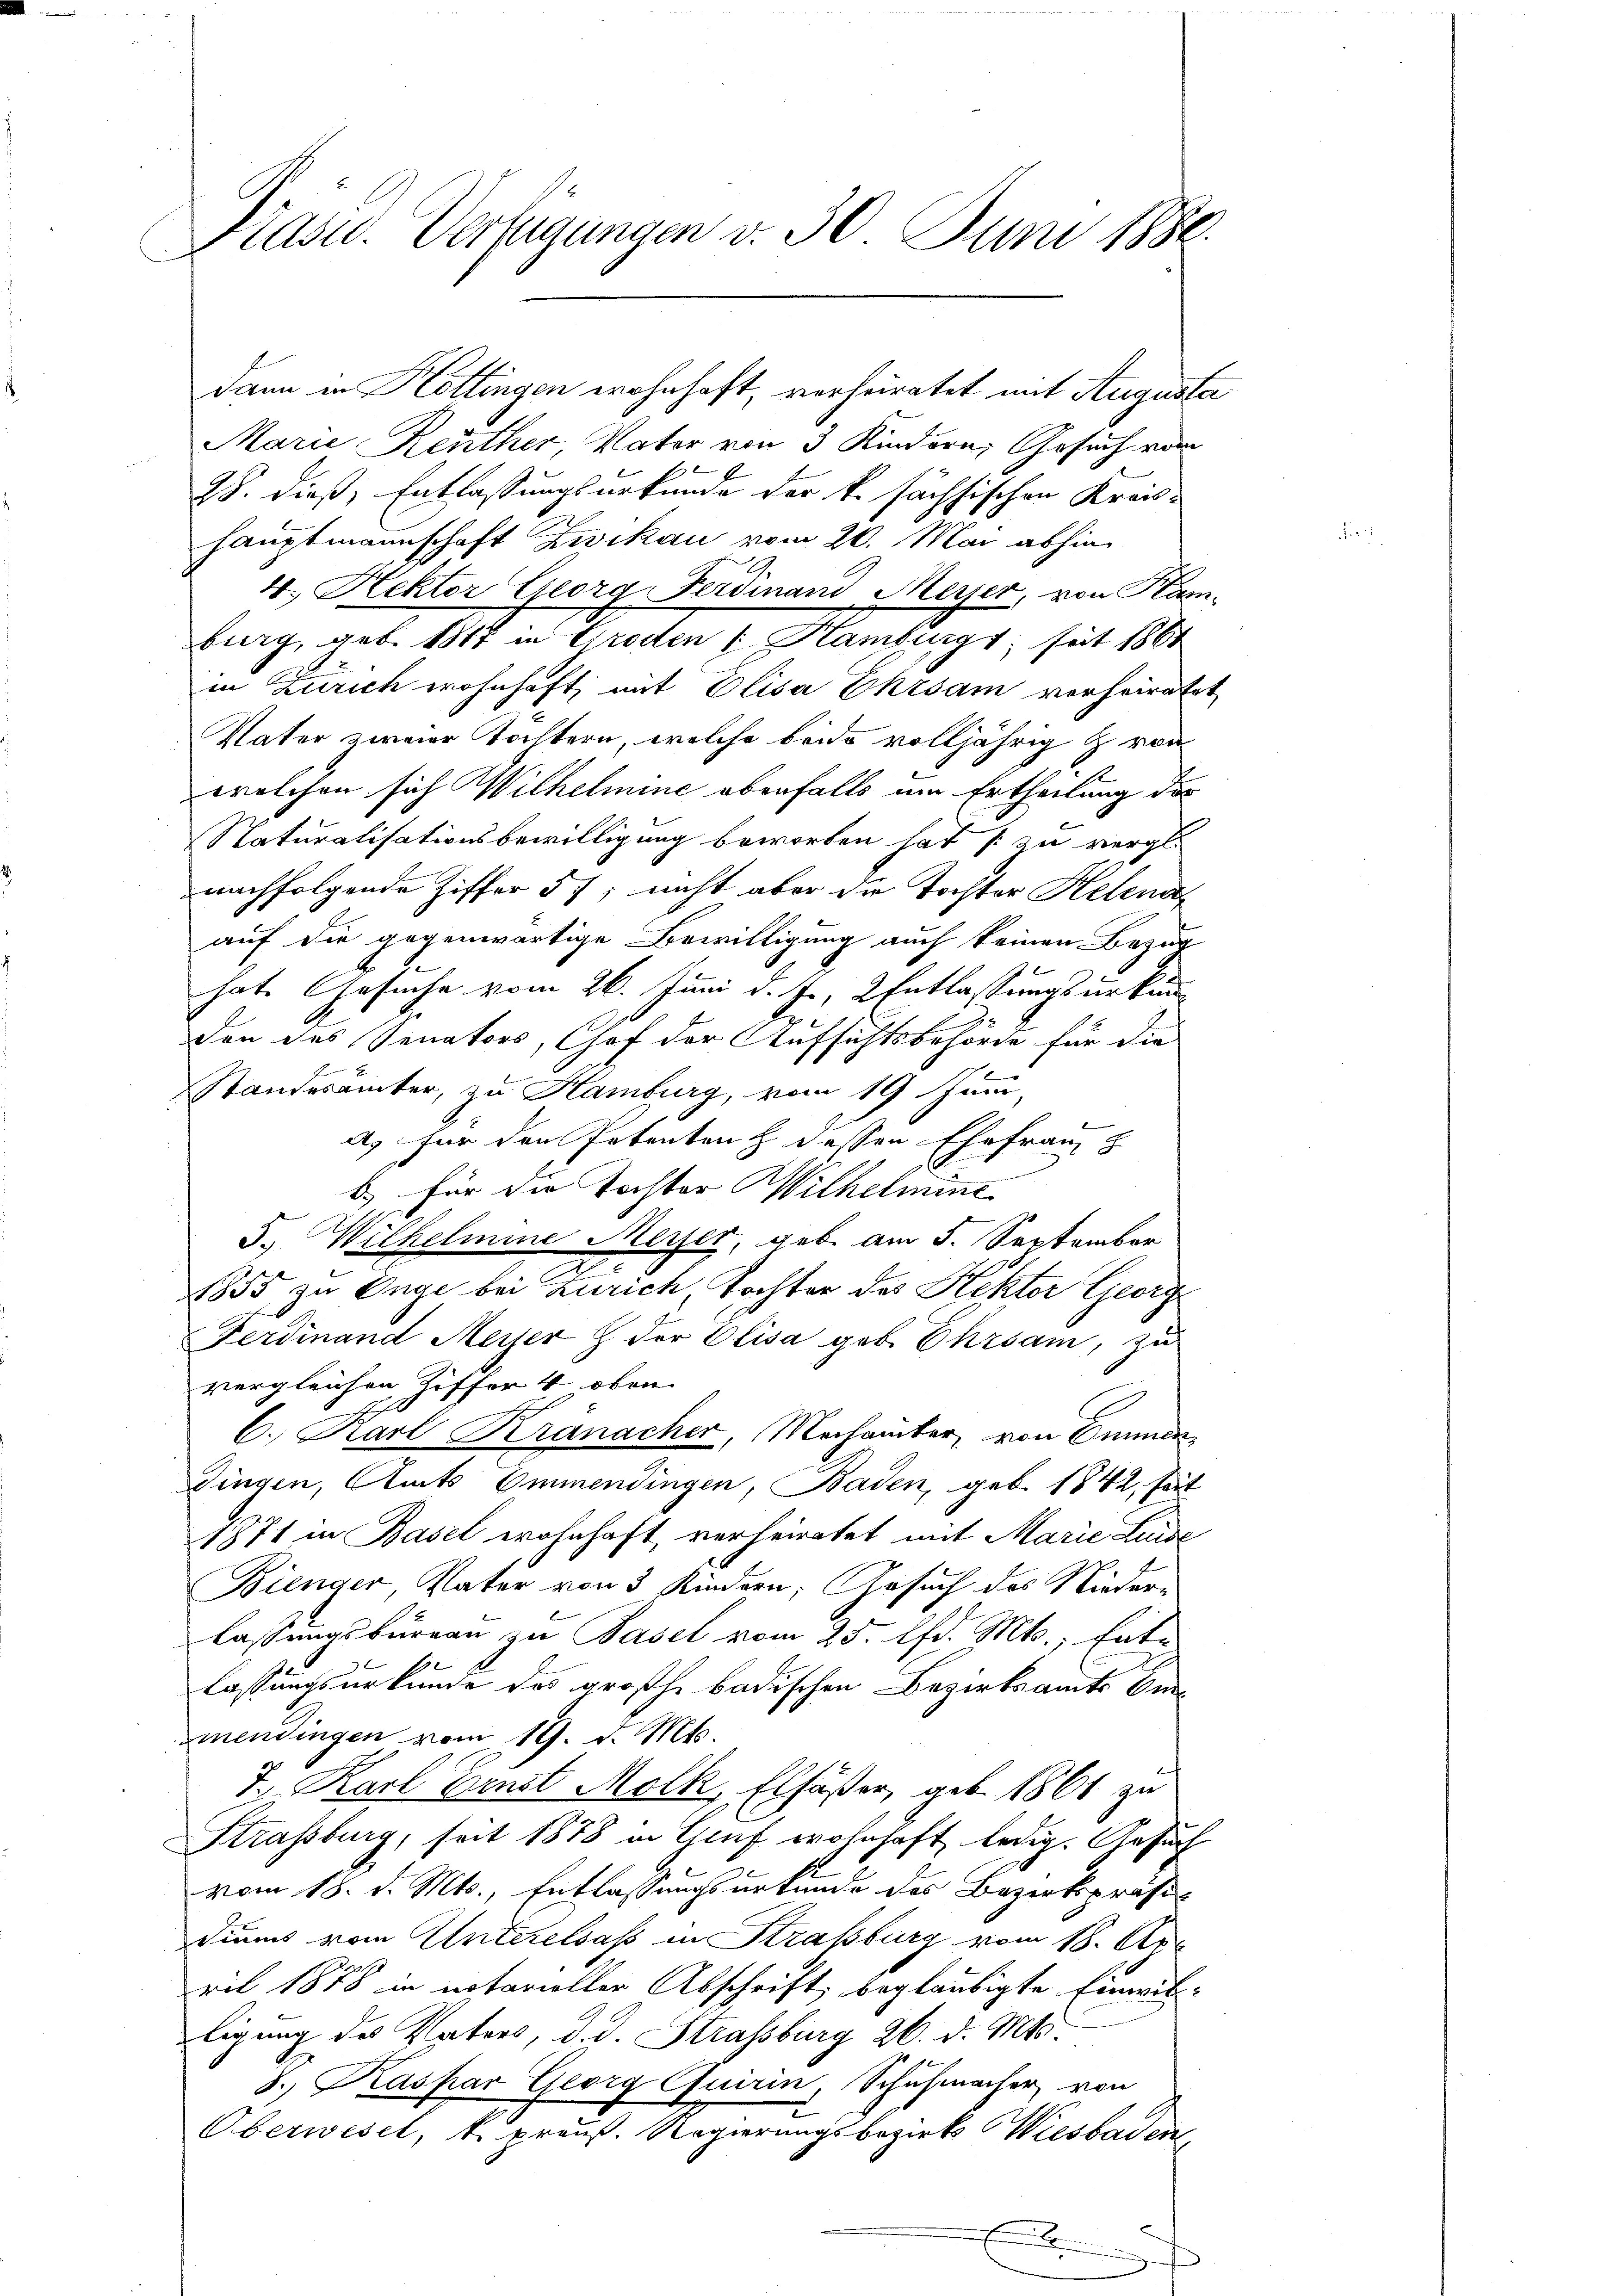
Präsid. Verfügungen v. 30. Juni 1880.

Marie Reuther, Vater von 3 Kindern, Gesuch von
28. dieß, Entlassungsurkunde der k. sächsischen Kreis-
hauptmannschaft Zwikau vom 20. Mai abhin
2.
4.) Hektor Georg Fersmand Messer von Kam-
lange geb. 11 in Graden, Hanklagt, sich 100
in Zürich wohnhaft, mit Elisa Ehrsam verheiratet
Vater zweier Töchtern, welche beide volljährig & von
welchen sich Wilhelmine ebenfalls um Ertheilung des
Naturalisationsbewilligung beworben hat [ zu vergl.
nachfolgende Ziffer 57; nicht aber die Tochter Helena
auf die gegenwärtige Bewilligung auch keinen Bezug
hate Gesuche vom 26. Juni d. J., 2 Entlassungsurkunden des Senators, Chef der Aufsichtsbehörde für die
Standerämter, zu Hamburg, vom 19. Juni,
A. für den Petenten h dessen Ehefranz z
b.) Für die Tochter Wilhelmine
5. Wilhelmine Messer, geb. am 5. September
2
1855 zu Enge bei Zürich, Tochter des Rektor Georg
d
Ferdinand Meyer & der Elisa geb. Ehrsam, zu
vergleichen Ziffer 4 oben
x
6. Karl Kranacher, Mechamber, von Emmen
Dingen, Amts Emmendingen, Baden, geb. 1842, Zeit
1871 in Basel wohnhaft verheiratet mit Marie Luise
Bienger, Vater von 5 Kindern, Gesuch des Nieder-
lassungsbureau zu Basel vom 25. lfd. Mts., Entlassungsurkunde das großh. badischen Bezirksamts Verzmendingen vom 19. d. Mts.
J. Karl Ernst Molk, Elfäßer, geb. 1861 zu
Strassburg, seit 1878 in Genf wohnhaft ledig. Gesuch
vom 18. d. Mts., Entlassungsurkunde des Bezirkspräsidiums vom Unterelsass in Strassburg vom 18. Apr
ril 1878 in notarieller Abschrift, beglaubigte Einwil-
ligung des Vaters, d. d. Strassburg 26. d. Mts.
8. Kaspar Georg Quirin, Schuhmacher, von
Oberwesel, k. preuß. Regierungsbezirk Wiesbaden
.

dann in Hottingen wohnhaft, verheiratet mit Augusta

e